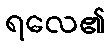
ရလေ၏